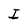
Character: I